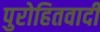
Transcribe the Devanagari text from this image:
पुरोहितवादी